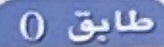
طايق0